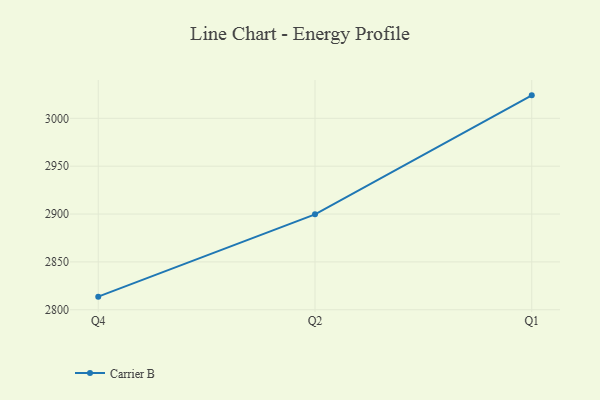
{"axis": {"x": "Quarter", "y": "Revenue (USD Million)"}, "legend": ["Carrier B"], "data": [{"x": "Q4", "y": 2813.7, "type": "Carrier B"}, {"x": "Q2", "y": 2899.7, "type": "Carrier B"}, {"x": "Q1", "y": 3024.0, "type": "Carrier B"}]}